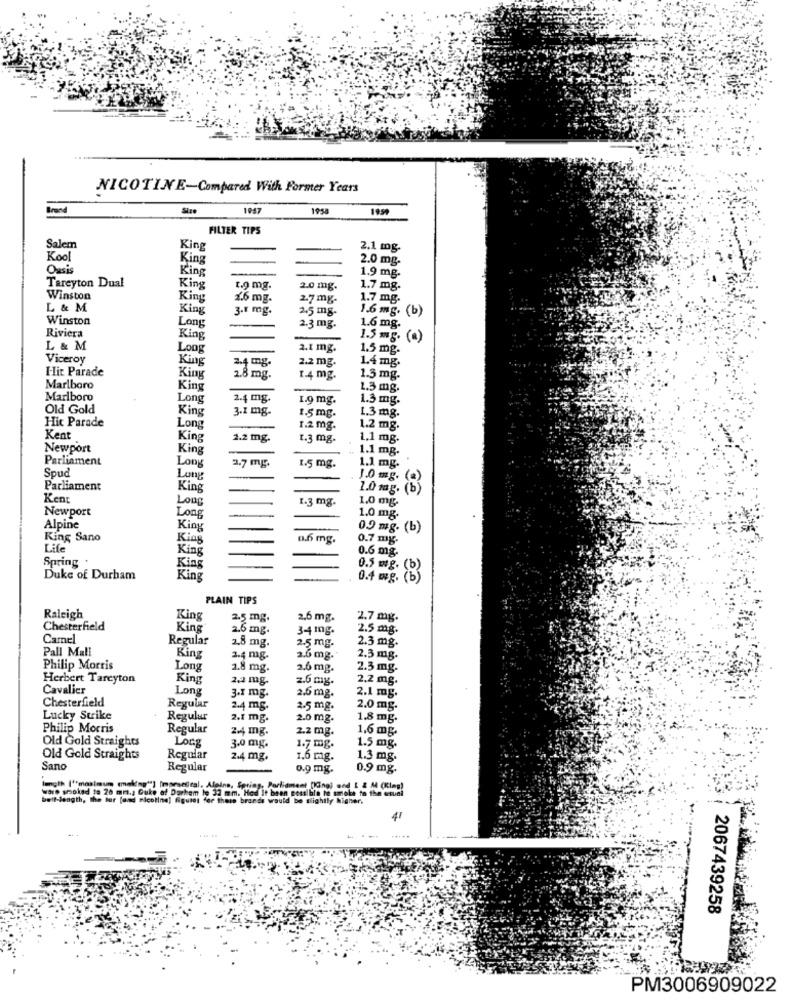
NICOTINE-Compared With Former Years
Brand
1947
1958
FILTER TIPS
Salem
King
2.1 mg.
Kool
King
2.0 mg-
Oasis
King
1.9 mg-
Tareyton Dual
King
1.9 mg.
2.0 mg.
1.7 mg.
Winston
King
1.6 mg-
2.7 mg-
1.7 mg.
L & M
King
3.1 mg.
2.5 mg-
Winston
1.6 mg. (b)
Long
2.3 mg.
1.6 mg.
Riviera
King
1.5 mg. (a)
L & M
Long
2.1 mg.
1.5 mg.
Viceroy
King
2.2 mg.
1.4 mg.
Hit Parade
2.4 mg.
King
28 mg .
1.4 mg.
1.3 mg-
Marlboro
King
1.3 mg.
Marlboro
Long
2.4 mg.
1.9 mg.
1.3 mg.
Old Gold
King
3.1 mg-
1.5 mg.
Hit Parade
1.3 mg.
Long
1.2 mg.
1.2 mg.
Kent
King
2.2 mg.
1.3 mg.
1.1 mg.
Newport
King
1.1 mg.
Parliament
Long
Spud
2.7 mg.
1.5 mg.
1.1 mg.
Long
1.0 mg.
Parliament
King
1.0 mg. (b
Kent
Long
1.3 mg.
1.0 mg
Newport
Long
1.0 mg.
Alpine
Kiny
0.9 mg. (b)
King Sano
Kias
0.6 mg.
0.7 mg.
Life
King
0.6 mg.
Spring .
King
0.5 mg. (b)
Duke of Durham
King
0.4 mg. (b)
PLAIN TIPS
Raleigh
King
2.5 mg.
2.6 mg.
2.7 mg.
Chesterfield
King
2.6 mg.
34 10g.
2.5 mg.
Carnel
Regular
2.3 mg.
Pall Mall
2.8 mg.
2.5 mg.
King
3.4 mg.
2.6 mg.
2.3 mg.
Philip Morris
Long
2.8 mg.
2.6 mg.
2.3 mg.
Herbert Tareyton
King
2,2 mg.
2.6 mg.
2.2 mg.
Cavalier
Long
2.5 mg.
2.1 mg.
Chesterfield
3.1 mg.
Regular
2.4 mg.
2.5 mg.
2.0 mg.
Lucky Strike
Regular
2.1 mg.
2.0 mg.
1.8 mg.
Philip Morris
Regular
2.4 mg.
2.2 mg.
1,6 mg.
Old Gold Straights
Long
3.0 mg.
1.7 mg.
1.5 mg.
Old Gold Straights
Regular
2.4 mg.
1.6 mg.
1.3 mg
Sano
Regular
0.9 mg.
0.9 mg
Imgth ("maximum (making""] [morseical, Aleine, Spring, Parliament (Ing) and I 2 A4 (King)
wore smoked to 26 mm .; Duke of Durham le 32 mm. Had It been possible to smoke to the usual
bett-length, the for fond nicotine] figures for these brands would be slightly higher.
41
2067439258
PM3006909022